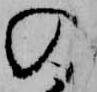
の